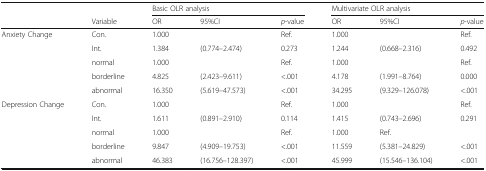
|  |  | <COLSPAN=3> Basic OLR analysis | <COLSPAN=3> Multivariate OLR analysis |
 |  | Variable | OR | 95%CI | p-value | OR | 95%CI | p-value |
 | --- | --- | --- | --- | --- | --- | --- | --- |
 | <ROWSPAN=5> Anxiety Change | Con. | 1.000 |  | Ref. | 1.000 |  | Ref. |
 | Int. | 1.384 | (0.774–2.474) | 0.273 | 1.244 | (0.668–2.316) | 0.492 |
 | normal | 1.000 |  | Ref. | 1.000 |  | Ref. |
 | borderline | 4.825 | (2.423–9.611) | <.001 | 4.178 | (1.991–8.764) | 0.000 |
 | abnormal | 16.350 | (5.619–47.573) | <.001 | 34.295 | (9.329–126.078) | <.001 |
 | <ROWSPAN=5> Depression Change | Con. | 1.000 |  | Ref. | 1.000 |  | Ref. |
 | Int. | 1.611 | (0.891–2.910) | 0.114 | 1.415 | (0.743–2.696) | 0.291 |
 | normal | 1.000 |  | Ref. | 1.000 | Ref. |  |
 | borderline | 9.847 | (4.909–19.753) | <.001 | 11.559 | (5.381–24.829) | <.001 |
 | abnormal | 46.383 | (16.756–128.397) | <.001 | 45.999 | (15.546–136.104) | <.001 |